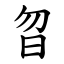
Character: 㫚